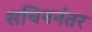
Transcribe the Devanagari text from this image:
सचिननंतर